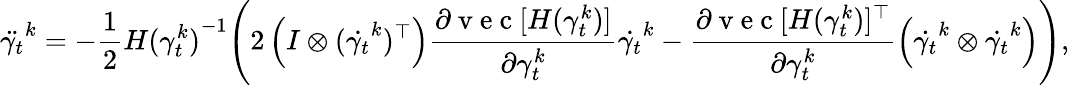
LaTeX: \ddot{\gamma_{t}}^{k}=-\frac{1}{2}{H(\gamma_{t}^{k})}^{-1}\Bigg(2\left(I\otimes(\dot{\gamma_{t}}^{k})^{\top}\right)\frac{\partial\mathrm{~v~e~c~}[H(\gamma_{t}^{k})]}{\partial\gamma_{t}^{k}}\dot{\gamma_{t}}^{k}-\frac{\partial\mathrm{~v~e~c~}[H(\gamma_{t}^{k})]^{\top}}{\partial\gamma_{t}^{k}}\left(\dot{\gamma_{t}}^{k}\otimes\dot{\gamma_{t}}^{k}\right)\Bigg),